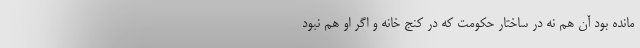
مانده بود آن هم نه در ساختار حکومت که در کنج خانه و اگر او هم نبود